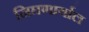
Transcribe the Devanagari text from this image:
निघणार्याल